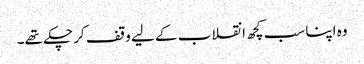
وہ اپنا سب کچھ انقلاب کے لیے وقف کر چکے تھے۔